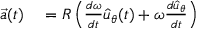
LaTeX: \begin{array} { r l } { { \vec { a } } ( t ) } & { { } = R \left( { \frac { d \omega } { d t } } { \hat { u } } _ { \theta } ( t ) + \omega { \frac { d { \hat { u } } _ { \theta } } { d t } } \right) } \end{array}